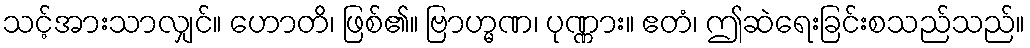
သင့်အားသာလျှင်။ ဟောတိ၊ ဖြစ်၏။ ဗြာဟ္မဏ၊ ပုဏ္ဏား။ ဧတံ၊ ဤဆဲရေးခြင်းစသည်သည်။